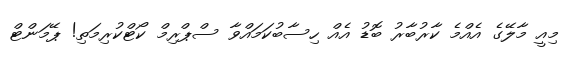
މިއީ މާލޭގެ އެއްމެ ކާރުބާރު ބޮޑު އެއް ހިސާބުކަމައްވާ ސްޕްރިމް ކޯޓްކުރިމަތި! ޕޭމަންޓް